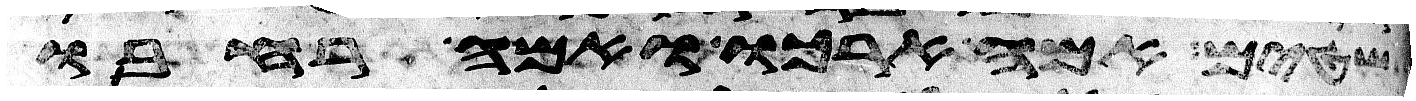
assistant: שטים אמה ארכו ואמה רחבו